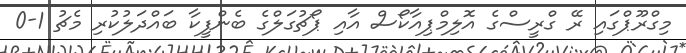
މިގްރޫޕްގައި ރޭ ގްރީސްގެ އޮލިމްޕިއާކޯސް އާއި ޕޯޗުގަލްގެ ބެންފީކާ ބައްދަލުކުރި މެޗު 1-0